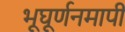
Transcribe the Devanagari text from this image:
भूघूर्णनमापी